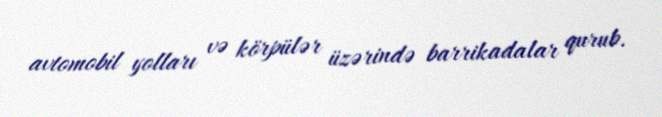
avtomobil yolları və körpülər üzərində barrikadalar qurub.